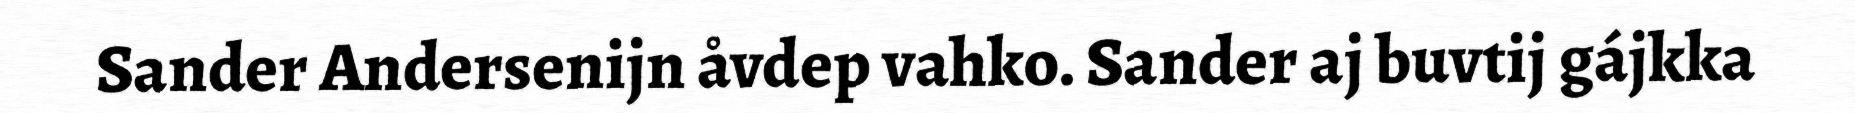
Sander Andersenijn åvdep vahko. Sander aj buvtij gájkka